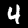
Digit: 4